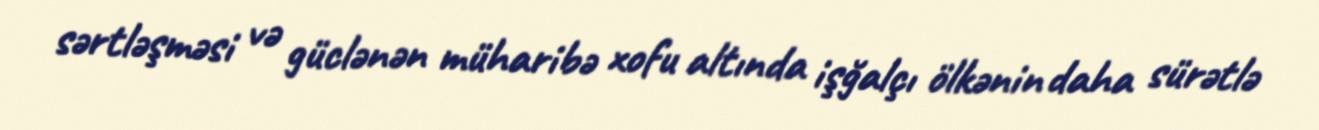
sərtləşməsi və güclənən müharibə xofu altında işğalçı ölkənin daha sürətlə